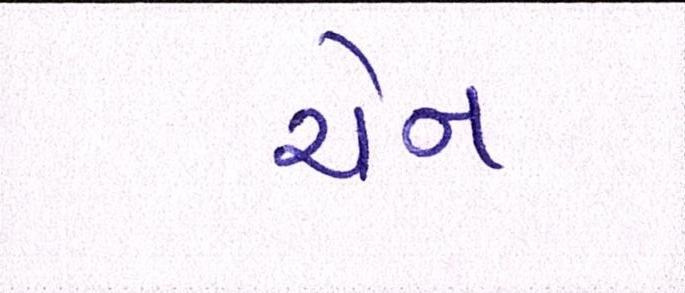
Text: ચેન